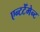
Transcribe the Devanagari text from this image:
एन्टटेँमेन्ट